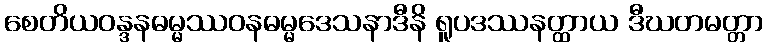
စေတိယဝန္ဒနဓမ္မဿဝနဓမ္မဒေသနာဒီနိ ရူပဒဿနတ္ထာယ ဒီဃတမတ္တာ